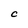
Character: C